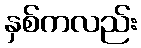
နှစ်ကလည်း